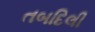
તબદિલી